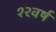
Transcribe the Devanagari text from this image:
१२वर्ष